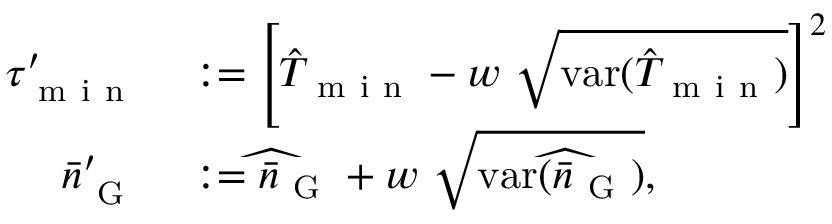
\begin{array} { r l } { \tau _ { \mathrm { ~ m ~ i ~ n ~ } } ^ { \prime } } & { { } : = \left[ \hat { T } _ { \mathrm { ~ m ~ i ~ n ~ } } - w ~ \sqrt { \mathrm { v a r } ( \hat { T } _ { \mathrm { ~ m ~ i ~ n ~ } } ) } \right] ^ { 2 } } \\ { \bar { n } _ { \mathrm { ~ G ~ } } ^ { \prime } } & { { } : = \widehat { \bar { n } _ { \mathrm { ~ G ~ } } } + w ~ \sqrt { \mathrm { v a r } ( \widehat { \bar { n } _ { \mathrm { ~ G ~ } } } ) } , } \end{array}